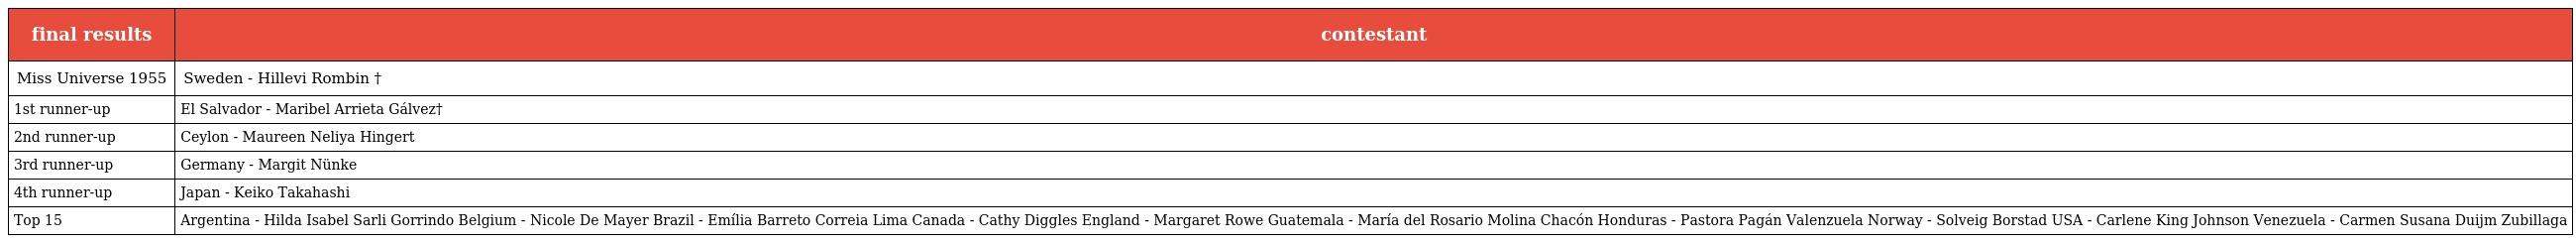
| final results | contestant |
 | --- | --- |
 | Miss Universe 1955 | Sweden - Hillevi Rombin † |
 | 1st runner-up | El Salvador - Maribel Arrieta Gálvez† |
 | 2nd runner-up | Ceylon - Maureen Neliya Hingert |
 | 3rd runner-up | Germany - Margit Nünke |
 | 4th runner-up | Japan - Keiko Takahashi |
 | Top 15 | Argentina - Hilda Isabel Sarli Gorrindo Belgium - Nicole De Mayer Brazil - Emília Barreto Correia Lima Canada - Cathy Diggles England - Margaret Rowe Guatemala - María del Rosario Molina Chacón Honduras - Pastora Pagán Valenzuela Norway - Solveig Borstad USA - Carlene King Johnson Venezuela - Carmen Susana Duijm Zubillaga |